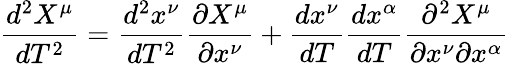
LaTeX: {\frac{d^{2}X^{\mu}}{dT^{2}}}={\frac{d^{2}x^{\nu}}{dT^{2}}}{\frac{\partial X^{\mu}}{\partial x^{\nu}}}+{\frac{dx^{\nu}}{dT}}{\frac{dx^{\alpha}}{dT}}{\frac{\partial^{2}X^{\mu}}{\partial x^{\nu}\partial x^{\alpha}}}